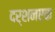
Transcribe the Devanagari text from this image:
दर्शनएक